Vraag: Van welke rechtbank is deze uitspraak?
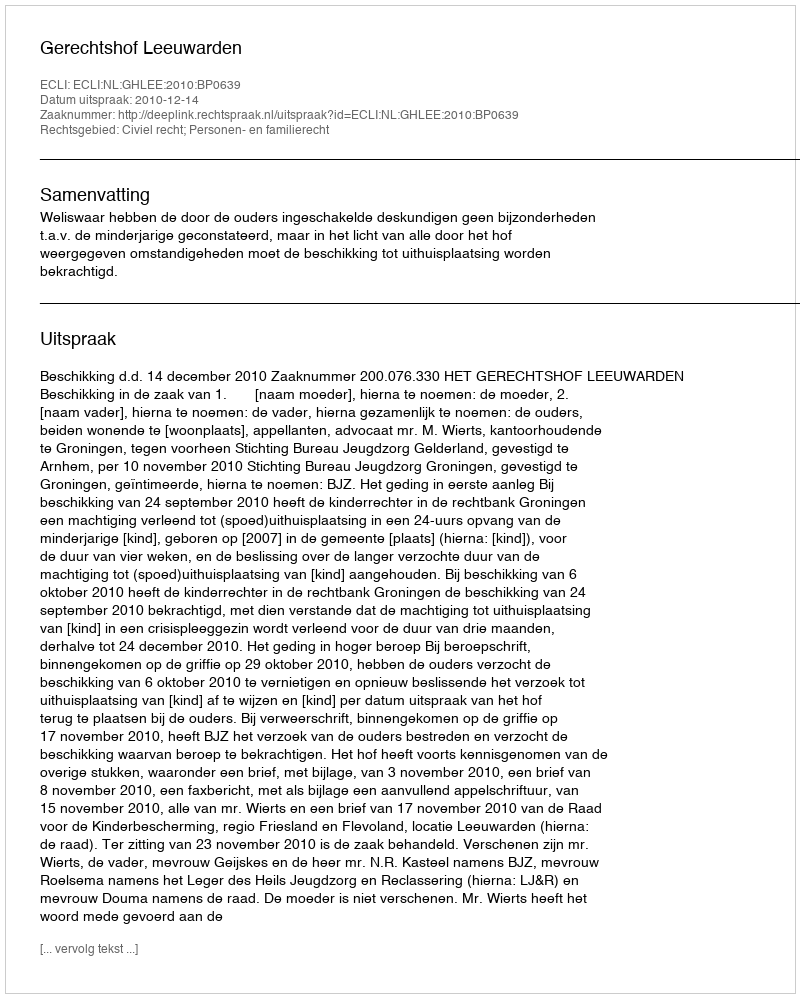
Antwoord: Gerechtshof Leeuwarden